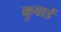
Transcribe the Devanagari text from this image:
कुवाडें